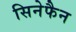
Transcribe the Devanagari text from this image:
सिनेफैन